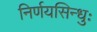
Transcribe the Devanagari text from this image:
निर्णयसिन्धुः